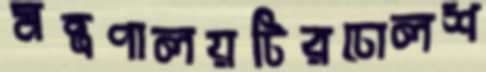
মন্ত্রণালয়টিরঢোলশ